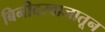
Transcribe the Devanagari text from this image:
बिनीदरवाजातून